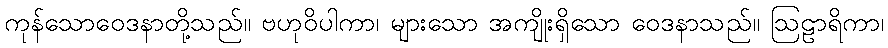
ကုန်သောဝေဒနာတို့သည်။ ဗဟုဝိပါကာ၊ များသော အကျိုးရှိသော ဝေဒနာသည်။ ဩဠာရိကာ၊